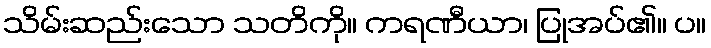
သိမ်းဆည်းသော သတိကို။ ကရဏီယာ၊ ပြုအပ်၏။ ပ။